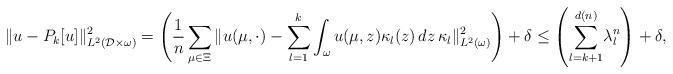
LaTeX: \begin{align*} \| u - P_{k}[u] \|_{L^{2}(\mathcal{D}\times\omega)}^{2} = \left(\frac{1}{n} \sum_{\mu \in \Xi} \| u(\mu,\cdot) - \sum_{l=1}^{k} \int_{{\omega}}u(\mu,{z}) \kappa_{l}({z}) \,d{z} \,\kappa_{l}\|_{L^{2}({\omega})}^{2}\right) + \delta \leq \left(\underset{l = k + 1}{\overset{d(n)}{\sum}} \lambda_{l}^{n}\right) + \delta,\end{align*}